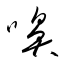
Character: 嚊